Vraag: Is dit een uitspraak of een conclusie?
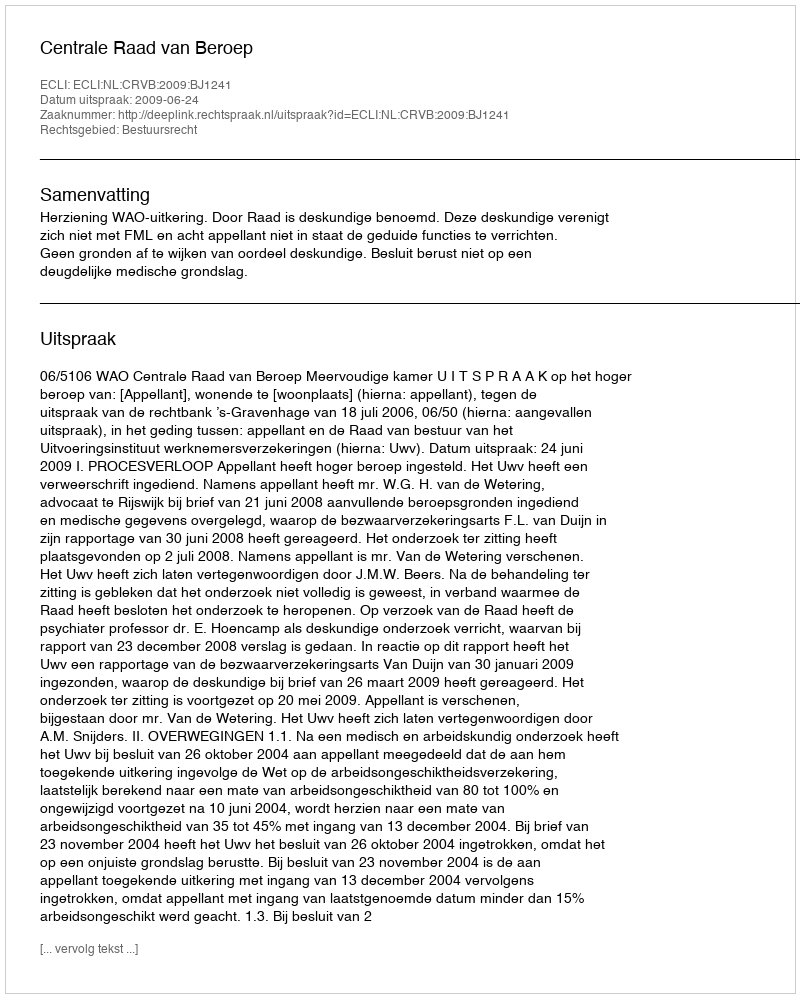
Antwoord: Uitspraak